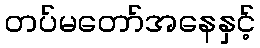
တပ်မတော်အနေနှင့်